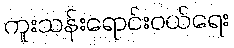
ကူးသန်းရောင်းဝယ်ရေး